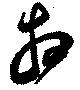
相